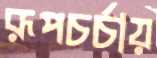
রূপচর্চায়